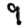
Digit: 9